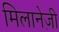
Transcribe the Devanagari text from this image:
मिलानेज़ी